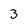
Character: 3